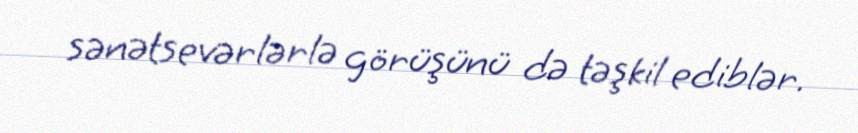
sənətsevərlərlə görüşünü də təşkil ediblər.